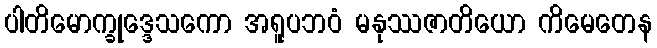
ပါတိမောက္ခုဒ္ဒေသကော အရူပဘဝံ မနုဿဇာတိယော ကိမေတေန